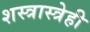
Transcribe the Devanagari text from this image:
शस्त्रास्त्रेही